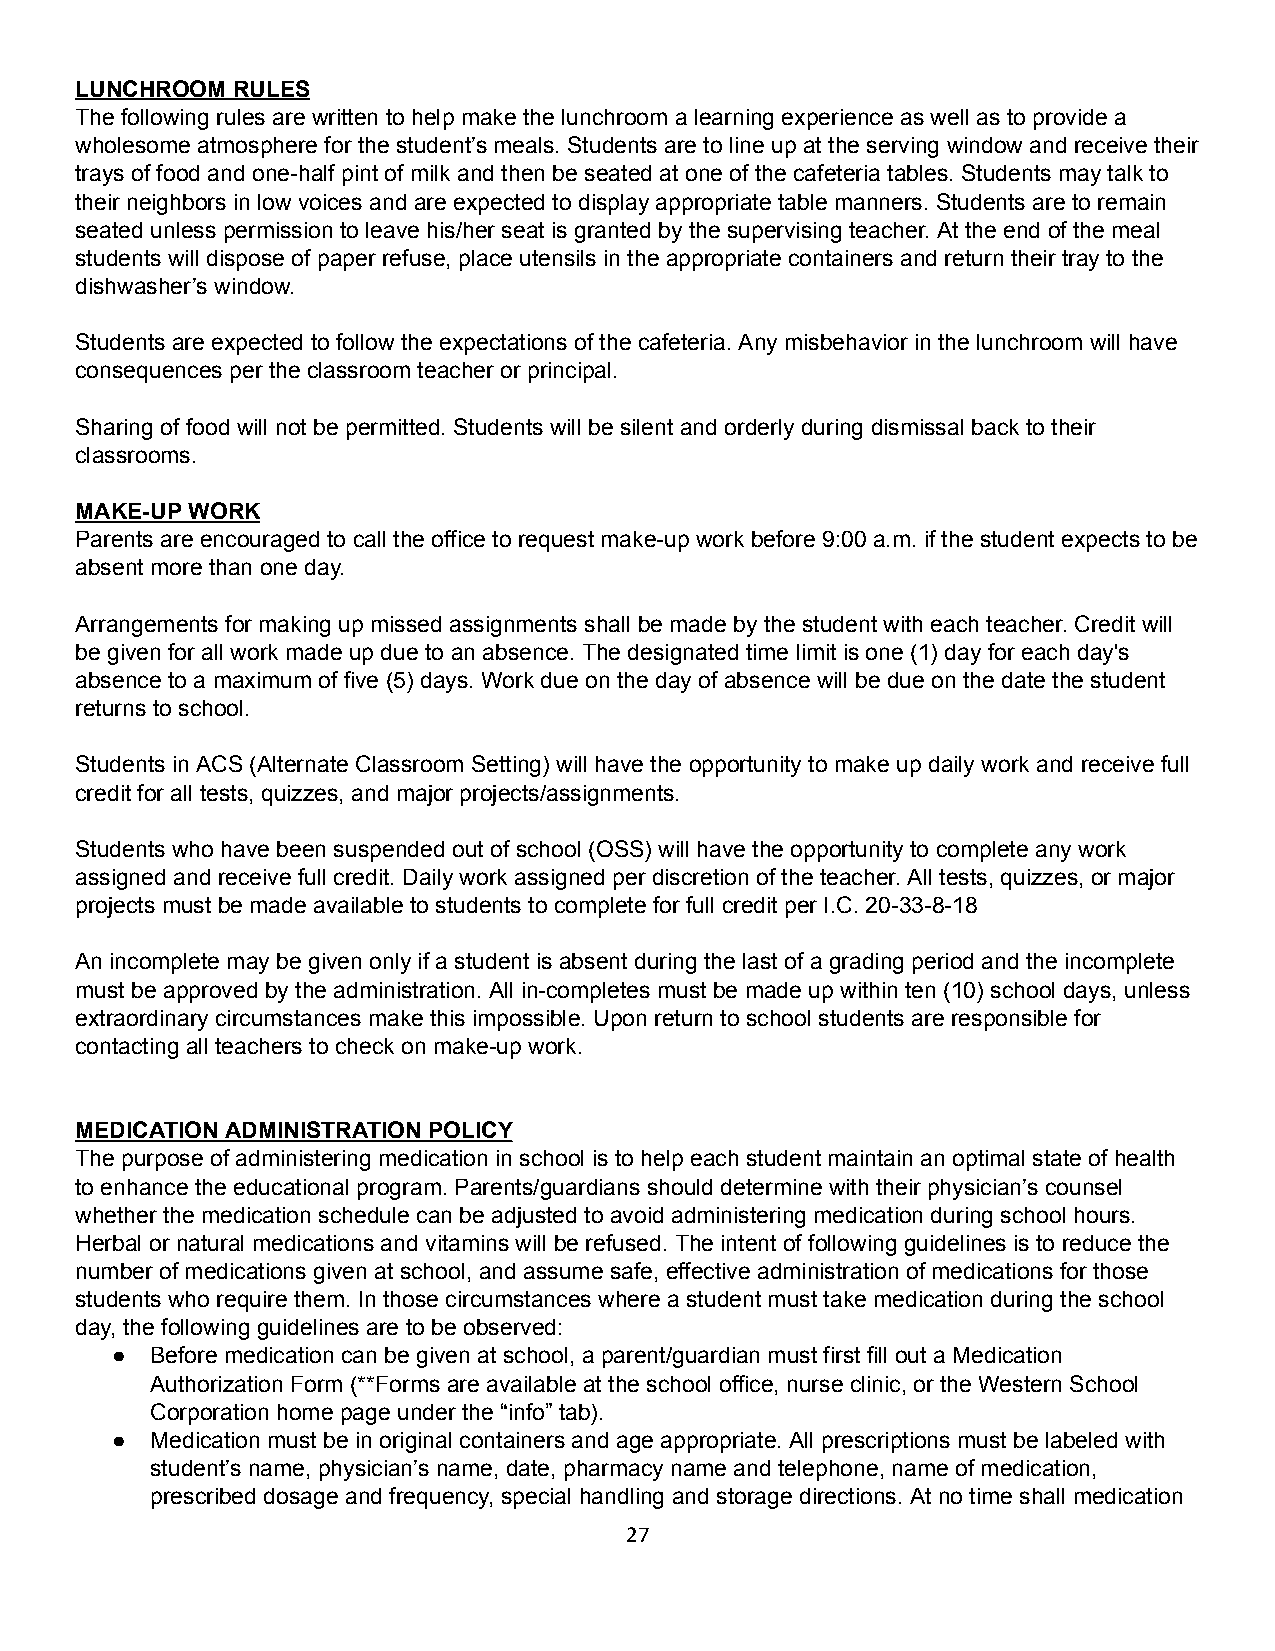
LUNCHROOM RULES
 The following rules are written to help make the lunchroom a learning experience as well as to provide a
 wholesome atmosphere for the student’s meals. Students are to line up at the serving window and receive their
 trays of food and one-half pint of milk and then be seated at one of the cafeteria tables. Students may talk to
 their neighbors in low voices and are expected to display appropriate table manners. Students are to remain
 seated unless permission to leave his/her seat is granted by the supervising teacher. At the end of the meal
 students will dispose of paper refuse, place utensils in the appropriate containers and return their tray to the
 dishwasher’s window.
 Students are expected to follow the expectations of the cafeteria. Any misbehavior in the lunchroom will have
 consequences per the classroom teacher or principal.
 Sharing of food will not be permitted. Students will be silent and orderly during dismissal back to their
 classrooms.
 MAKE-UP WORK
 Parents are encouraged to call the office to request make-up work before 9:00 a.m. if the student expects to be
 absent more than one day.
 Arrangements for making up missed assignments shall be made by the student with each teacher. Credit will
 be given for all work made up due to an absence. The designated time limit is one (1) day for each day's
 absence to a maximum of five (5) days. Work due on the day of absence will be due on the date the student
 returns to school.
 Students in ACS (Alternate Classroom Setting) will have the opportunity to make up daily work and receive full
 credit for all tests, quizzes, and major projects/assignments.
 Students who have been suspended out of school (OSS) will have the opportunity to complete any work
 assigned and receive full credit. Daily work assigned per discretion of the teacher. All tests, quizzes, or major
 projects must be made available to students to complete for full credit per I.C. 20-33-8-18
 An incomplete may be given only if a student is absent during the last of a grading period and the incomplete
 must be approved by the administration. All in-completes must be made up within ten (10) school days, unless
 extraordinary circumstances make this impossible. Upon return to school students are responsible for
 contacting all teachers to check on make-up work.
 MEDICATION ADMINISTRATION POLICY
 The purpose of administering medication in school is to help each student maintain an optimal state of health
 to enhance the educational program. Parents/guardians should determine with their physician’s counsel
 whether the medication schedule can be adjusted to avoid administering medication during school hours.
 Herbal or natural medications and vitamins will be refused. The intent of following guidelines is to reduce the
 number of medications given at school, and assume safe, effective administration of medications for those
 students who require them. In those circumstances where a student must take medication during the school
 day, the following guidelines are to be observed:
 ●  Before medication can be given at school, a parent/guardian must first fill out a Medication
 Authorization Form (**Forms are available at the school office, nurse clinic, or the Western School
 Corporation home page under the “info” tab).
 ●  Medication must be in original containers and age appropriate. All prescriptions must be labeled with
 student’s name, physician’s name, date, pharmacy name and telephone, name of medication,
 prescribed dosage and frequency, special handling and storage directions. At no time shall medication
 27